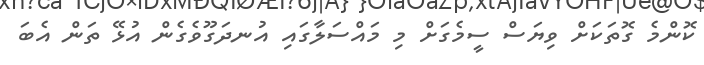
ކޮންމެ ގޮތަކަށް ވިޔަސް ސީމެގަށް މި މައްސަލާގައި އުނދަގޫވެގެން އުޅޭ ތަން އެބަ